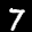
Label: 7